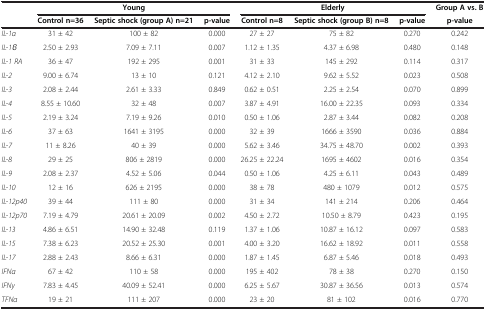
<table><thead><tr><td rowspan="2"><b> </b></td><td colspan="3"><b>Young</b></td><td colspan="3"><b>Elderly</b></td><td><b>Group A vs. B</b></td></tr><tr><td><b>Control n=36</b></td><td><b>Septic shock (group A) n=21</b></td><td><b>p-value</b></td><td><b>Control n=8</b></td><td><b>Septic shock (group B) n=8</b></td><td><b>p-value</b></td><td><b>p-value</b></td></tr></thead><tbody><tr><td><i>IL-1α</i></td><td>31 ± 42</td><td>100 ± 82</td><td>0.000</td><td>27 ± 27</td><td>75 ± 82</td><td>0.270</td><td>0.242</td></tr><tr><td><i>IL-1β</i></td><td>2.50 ± 2.93</td><td>7.09 ± 7.11</td><td>0.007</td><td>1.12 ± 1.35</td><td>4.37 ± 6.98</td><td>0.480</td><td>0.148</td></tr><tr><td><i>IL-1 RA</i></td><td>36 ± 47</td><td>192 ± 295</td><td>0.001</td><td>31 ± 33</td><td>145 ± 292</td><td>0.114</td><td>0.317</td></tr><tr><td><i>IL-2</i></td><td>9.00 ± 6.74</td><td>13 ± 10</td><td>0.121</td><td>4.12 ± 2.10</td><td>9.62 ± 5.52</td><td>0.023</td><td>0.508</td></tr><tr><td><i>IL-3</i></td><td>2.08 ± 2.44</td><td>2.61 ± 3.33</td><td>0.849</td><td>0.62 ± 0.51</td><td>2.25 ± 2.54</td><td>0.070</td><td>0.899</td></tr><tr><td><i>IL-4</i></td><td>8.55 ± 10.60</td><td>32 ± 48</td><td>0.007</td><td>3.87 ± 4.91</td><td>16.00 ± 22.35</td><td>0.093</td><td>0.334</td></tr><tr><td><i>IL-5</i></td><td>2.19 ± 3.24</td><td>7.19 ± 9.26</td><td>0.010</td><td>0.50 ± 1.06</td><td>2.87 ± 3.44</td><td>0.082</td><td>0.208</td></tr><tr><td><i>IL-6</i></td><td>37 ± 63</td><td>1641 ± 3195</td><td>0.000</td><td>32 ± 39</td><td>1666 ± 3590</td><td>0.036</td><td>0.884</td></tr><tr><td><i>IL-7</i></td><td>11 ± 8.26</td><td>40 ± 39</td><td>0.000</td><td>5.62 ± 3.46</td><td>34.75 ± 48.70</td><td>0.002</td><td>0.393</td></tr><tr><td><i>IL-8</i></td><td>29 ± 25</td><td>806 ± 2819</td><td>0.000</td><td>26.25 ± 22.24</td><td>1695 ± 4602</td><td>0.016</td><td>0.354</td></tr><tr><td><i>IL-9</i></td><td>2.08 ± 2.37</td><td>4.52 ± 5.06</td><td>0.044</td><td>0.50 ± 1.06</td><td>4.25 ± 6.11</td><td>0.043</td><td>0.489</td></tr><tr><td><i>IL-10</i></td><td>12 ± 16</td><td>626 ± 2195</td><td>0.000</td><td>38 ± 78</td><td>480 ± 1079</td><td>0.012</td><td>0.575</td></tr><tr><td><i>IL-12p40</i></td><td>39 ± 44</td><td>111 ± 80</td><td>0.000</td><td>31 ± 34</td><td>141 ± 214</td><td>0.206</td><td>0.464</td></tr><tr><td><i>IL-12p70</i></td><td>7.19 ± 4.79</td><td>20.61 ± 20.09</td><td>0.002</td><td>4.50 ± 2.72</td><td>10.50 ± 8.79</td><td>0.423</td><td>0.195</td></tr><tr><td><i>IL-13</i></td><td>4.86 ± 6.51</td><td>14.90 ± 32.48</td><td>0.119</td><td>1.37 ± 1.06</td><td>10.87 ± 16.12</td><td>0.097</td><td>0.583</td></tr><tr><td><i>IL-15</i></td><td>7.38 ± 6.23</td><td>20.52 ± 25.30</td><td>0.001</td><td>4.00 ± 3.20</td><td>16.62 ± 18.92</td><td>0.011</td><td>0.558</td></tr><tr><td><i>IL-17</i></td><td>2.88 ± 2.43</td><td>8.66 ± 6.31</td><td>0.000</td><td>1.87 ± 1.45</td><td>6.87 ± 5.46</td><td>0.018</td><td>0.493</td></tr><tr><td><i>IFNα</i></td><td>67 ± 42</td><td>110 ± 58</td><td>0.000</td><td>195 ± 402</td><td>78 ± 38</td><td>0.270</td><td>0.150</td></tr><tr><td><i>IFNy</i></td><td>7.83 ± 4.45</td><td>40.09 ± 52.41</td><td>0.000</td><td>6.25 ± 5.67</td><td>30.87 ± 36.56</td><td>0.013</td><td>0.574</td></tr><tr><td><i>TFNα</i></td><td>19 ± 21</td><td>111 ± 207</td><td>0.000</td><td>23 ± 20</td><td>81 ± 102</td><td>0.016</td><td>0.770</td></tr></tbody></table>